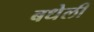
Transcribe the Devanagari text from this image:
बधेली